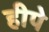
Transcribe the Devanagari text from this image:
हीपे